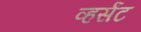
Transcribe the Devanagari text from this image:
व्हर्संट